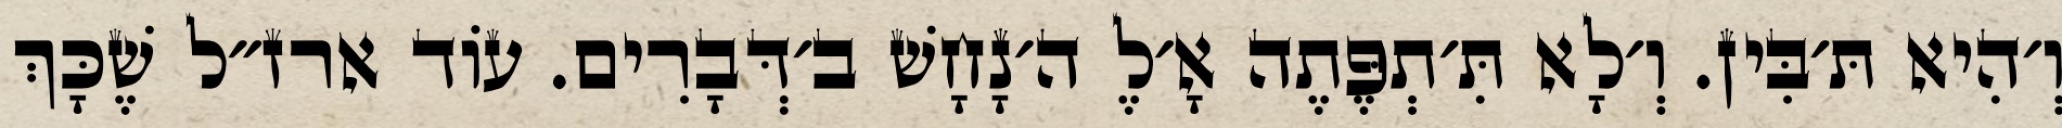
וְ׳הִיא תּ׳בִּין. וְ׳לָא תִּ׳תְפֶּתֶה אָ׳לֶ ה׳נָחָשׁ ב׳דְּבָרִים. עוֹד ארז״ל שֶׁכָּךְ